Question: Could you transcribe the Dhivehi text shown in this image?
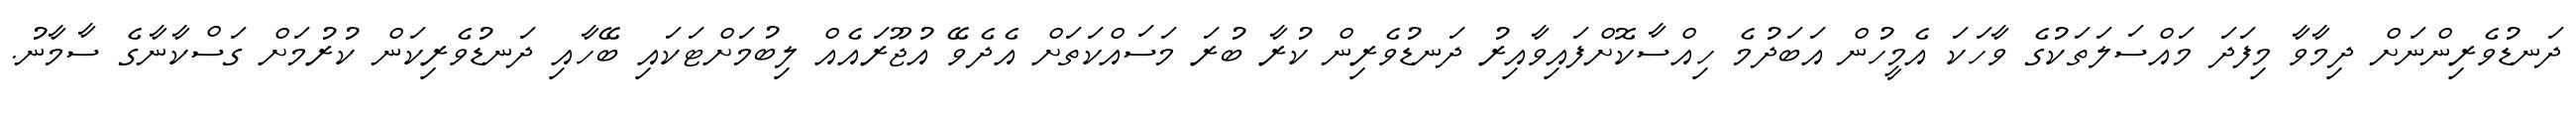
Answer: ދަނޑުވެރިންނަށް ދިމާވާ މިފަދަ މައްސަލަތަކުގެ ވާހަކަ އެމީހުން އަބަދުމެ ހިއްސާކޮށްފައިވާއިރު ދަނޑުވެރިން ކުރާ ބުރަ މަސައްކަތަށް އެދެވޭ އުޖޫރައެއް ލިބުމަށްޓަކައި ބޭހާއި ދަނޑުވެރިކަން ކުރުމަށް ގަސްކާނާގެ ސާމާނު.